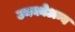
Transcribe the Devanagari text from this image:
उनकोअन्य